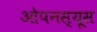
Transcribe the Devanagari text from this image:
ओपनस्यूस